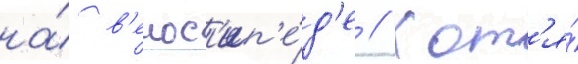
на́ в'елос'ип'е́д'е // Хот'я́